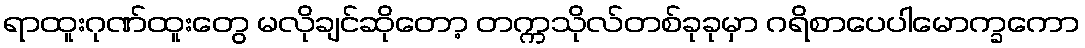
ရာထူးဂုဏ်ထူးတွေ မလိုချင်ဆိုတော့ တက္ကသိုလ်တစ်ခုခုမှာ ဂရိစာပေပါမောက္ခကော